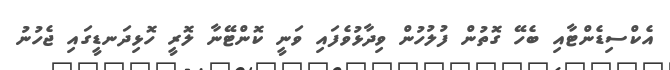
އެކްސިޑެންޓާއި ބެހޭ ގޮތުން ފުލުހުން ވިދާޅުވެފައި ވަނީ ކޮންޓޭނާ ލޮރީ ހޮޅިދަނޑީގައި ޖެހުނު